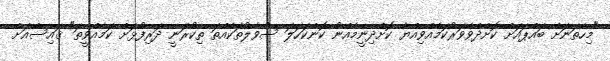
"މިހާތަނަށް ބައްޕައަށް ކޮށްދެވޭވަރުކަމެއްވިއްޔާ ކޮށްދިނީމެއްނު ކޮންކަހަލަ ސުވާލުތަކެއްތަ ތިކުރަނީ ދަރިފުޅަށް ކަމެއްވީތަ" ޤައިސްއަށް